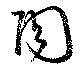
陶